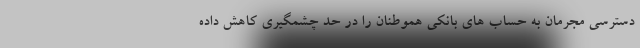
دسترسی مجرمان به حساب های بانکی هموطنان را در حد چشمگیری کاهش داده